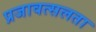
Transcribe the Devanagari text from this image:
प्रजावत्सलता